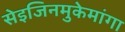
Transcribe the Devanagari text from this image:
सेइजिनमुकेमांगा